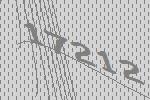
17212